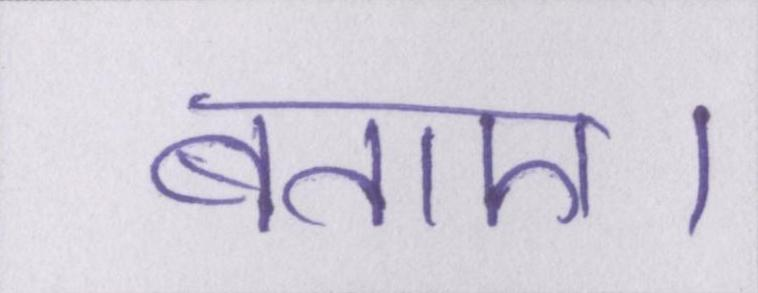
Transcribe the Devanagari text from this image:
बताए।